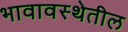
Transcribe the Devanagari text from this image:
भावावस्थेतील